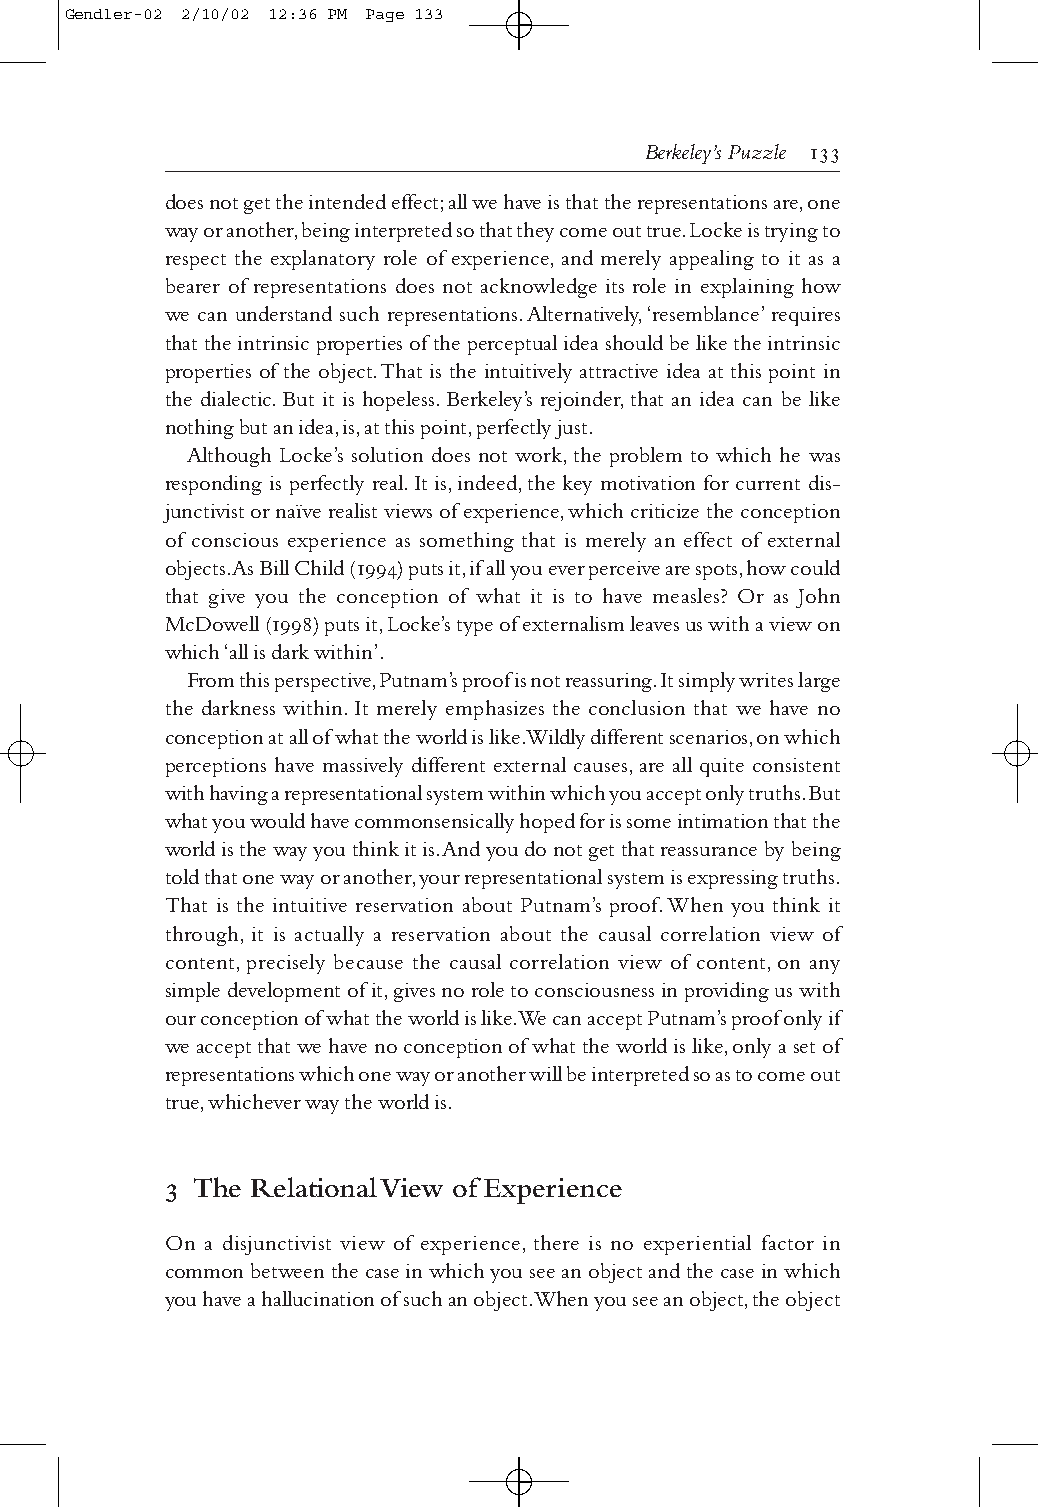
Gendler-02 2/10/02 12:36 PM Page 133
 Berkeley’s Puzzle 
 does not get the intended effect;all we have is that the representations are,one
 way or another,being interpreted so that they come out true.Locke is trying to
 respect the explanatory role of experience,and merely appealing to it as a
 bearer of representations does not acknowledge its role in explaining how
 we can understand such representations.Alternatively,‘resemblance’requires
 that the intrinsic properties of the perceptual idea should be like the intrinsic
 properties of the object.That is the intuitively attractive idea at this point in
 the dialectic.But it is hopeless.Berkeley’s rejoinder,that an idea can be like
 nothing but an idea,is,at this point,perfectly just.
 Although Locke’s solution does not work,the problem to which he was
 responding is perfectly real.It is,indeed,the key motivation for current dis-
 junctivist or naïve realist views of experience,which criticize the conception
 of conscious experience as something that is merely an effect of external
 objects.As Bill Child () puts it,if all you ever perceive are spots,how could
 that give you the conception of what it is to have measles? Or as John
 McDowell () puts it,Locke’s type of externalism leaves us with a view on
 which ‘all is dark within’.
 From this perspective,Putnam’s proof is not reassuring.It simply writes large
 the darkness within.It merely emphasizes the conclusion that we have no
 conception at all of what the world is like.Wildly different scenarios,on which
 perceptions have massively different external causes,are all quite consistent
 with having a representational system within which you accept only truths.But
 what you would have commonsensically hoped for is some intimation that the
 world is the way you think it is.And you do not get that reassurance by being
 told that one way or another,your representational system is expressing truths.
 That is the intuitive reservation about Putnam’s proof.When you think it
 through, it is actually a reservation about the causal correlation view of
 content,precisely because the causal correlation view of content,on any
 simple development of it,gives no role to consciousness in providing us with
 our conception of what the world is like.We can accept Putnam’s proof only if
 we accept that we have no conception of what the world is like,only a set of
 representations which one way or another will be interpreted so as to come out
 true,whichever way the world is.
 3 The Relational View of Experience
 On a disjunctivist view of experience, there is no experiential factor in
 common between the case in which you see an object and the case in which
 you have a hallucination of such an object.When you see an object,the object